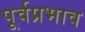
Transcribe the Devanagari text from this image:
पूर्वप्रभाव